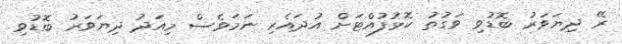
ރޭ ދިޔަވަރު ބޮޑުވި ވަގުތު ކޮޅުފުއްޓަށް އުދައެރި ނަމަވެސް މިއަދު ދިޔަވަރު ބޮޑުވި